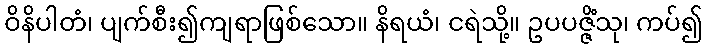
ဝိနိပါတံ၊ ပျက်စီး၍ကျရာဖြစ်သော။ နိရယံ၊ ငရဲသို့။ ဥပပဇ္ဇိံသု၊ ကပ်၍